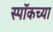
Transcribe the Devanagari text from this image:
स्पॉकच्या